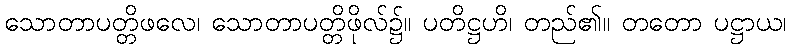
သောတာပတ္တိဖလေ၊ သောတာပတ္တိဖိုလ်၌။ ပတိဋ္ဌဟိ၊ တည်၏။ တတော ပဋ္ဌာယ၊